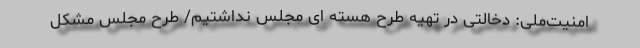
امنیت‌ملی: دخالتی در تهیه طرح هسته ای مجلس نداشتیم/ طرح مجلس مشکل